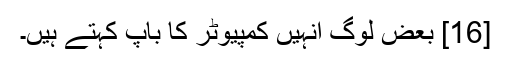
[16] بعض لوگ انہیں کمپیوٹر کا باپ کہتے ہیں۔